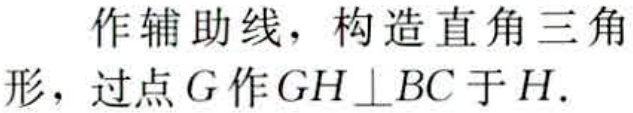
作辅助线，构造直角三角形，过点\(G\)作\(GH\perp BC\)于\(H\).